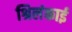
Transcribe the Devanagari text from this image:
श्रिलंकाई